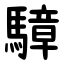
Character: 騿